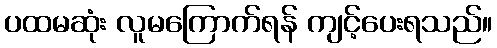
ပထမဆုံး လူမကြောက်ရန် ကျင့်ပေးရသည်။